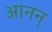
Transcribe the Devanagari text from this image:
आनन्